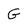
Character: G